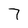
Character: 7